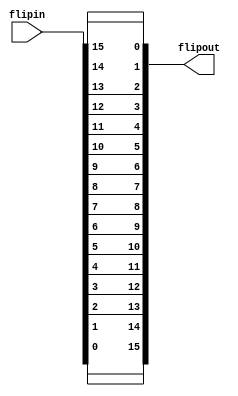
module endianflip16(flipin, flipout);
  input  [15:0] flipin;
  output [15:0] flipout;
  assign flipout[15] = flipin[0];
  assign flipout[14] = flipin[1];
  assign flipout[13] = flipin[2];
  assign flipout[12] = flipin[3];
  assign flipout[11] = flipin[4];
  assign flipout[10] = flipin[5];
  assign flipout[9] = flipin[6];
  assign flipout[8] = flipin[7];
  assign flipout[7] = flipin[8];
  assign flipout[6] = flipin[9];
  assign flipout[5] = flipin[10];
  assign flipout[4] = flipin[11];
  assign flipout[3] = flipin[12];
  assign flipout[2] = flipin[13];
  assign flipout[1] = flipin[14];
  assign flipout[0] = flipin[15];
endmodule